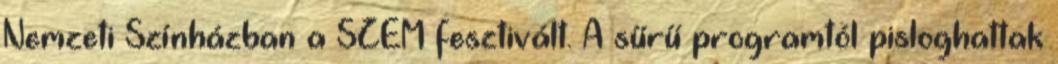
Nemzeti Színházban a SZEM fesztivált. A sűrű programtól pisloghattak